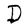
Character: D